Report on sanitation, dispensaries, and jails in Rajputana for 1910, and on vaccination for the year 1910-1911 - 1910-1911
Year: 1910
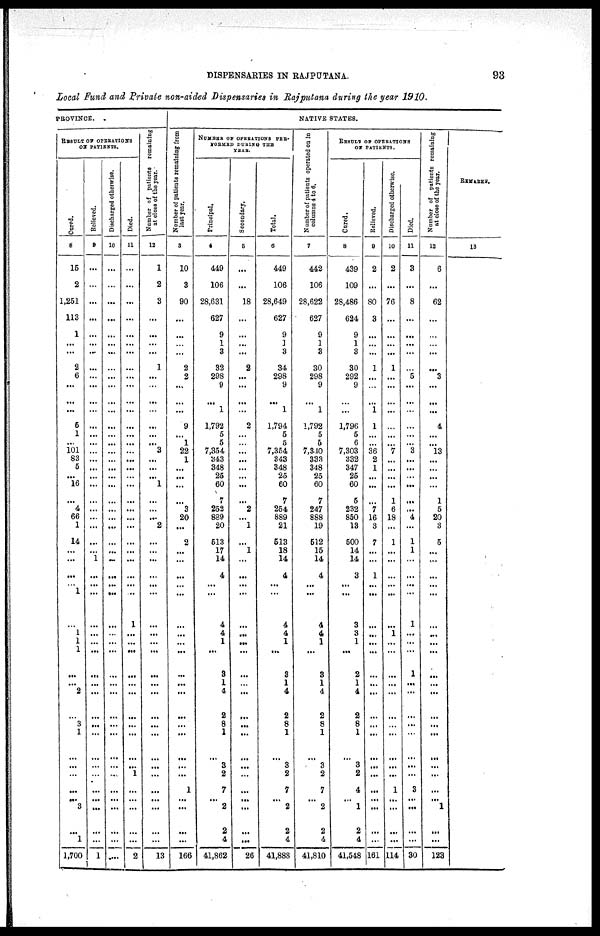
DISPENSARIES IN RAJPUTANA.
93
Local Fund and Private non-aided Dispensaries in Rajputana during the year 1910.
PROVINCE.
RESULT OF OPERATIONS
ON PATIENTS.
Cured.
8
15
2
1,251
113
1
...
...
2
6
...
...
...
6
1
...
101
83
5
...
16
...
4
66
1
14
...
...
...
...
1
...
1
1
1
...
...
2
...
3
1
...
...
...
...
...
3
...
1
1,700
Relieved.
9
...
...
...
...
...
...
...
...
...
...
...
...
...
...
...
...
...
...
...
...
...
...
...
...
...
...
1
...
...
...
...
...
...
...
...
...
...
...
...
...
...
...
...
...
...
...
...
...
1
Discharged otherwise
10
...
...
...
...
...
...
...
...
...
...
...
...
...
...
...
...
...
...
...
...
...
...
...
...
...
...
...
...
...
...
...
...
...
...
...
...
...
...
...
...
...
...
...
...
...
...
...
...
...
Died.
11
...
...
...
...
...
...
...
...
...
...
...
...
...
...
...
...
...
...
...
...
...
...
...
...
...
...
...
...
...
...
1
...
...
...
...
...
...
...
...
...
...
...
1
...
...
...
...
...
2
N umber of patients remaining
at close of the year.
12
1
2
3
...
...
...
...
1
...
...
...
...
...
...
...
3
...
...
...
1
...
...
...
2
...
...
...
...
...
...
...
...
...
...
...
...
...
...
...
...
...
...
...
...
...
...
...
...
13
NATIVE STATES.
Number of patients remaining from
last year.
3
10
3
90
...
...
...
...
2
2
...
...
...
9
...
1
22
1
...
...
...
...
3
20
...
2
...
...
...
...
...
...
...
...
...
...
...
...
...
...
...
...
...
...
1
...
...
...
...
166
NUMBER OF OPERATIONS PRE¬
FORMED DURING THE
YEAR.
Principal.
4
449
106
28,631
627
9
1
3
32
298
9
...
1
1,792
5
5
7,354
343
348
25
60
7
252
889
20
513
17
14
4
...
...
4
4
1
...
3
1
4
2
8
1
...
3
2
7
... 2
2
4
41,862
Secondary.
5
...
...
18
...
...
...
...
2
...
...
...
...
2
...
...
...
...
...
...
...
...
2
...
1
...
1
...
...
...
...
...
...
...
...
...
...
...
...
...
...
...
...
...
...
...
...
...
...
26
Total.
6
449
106
28,649
627
9
1
3
34
298
9
...
1
1,794
5
5
7,354
343
348
25
60
7
254
889
21
513
18
14
4
...
...
4
4
1
...
3
1
4
2
8
1
...
3
2
7
... 2
2
4
41,888
Number of patients operated on in
columns 4 to 6.
7
442
106
28,622
627
9
1
3
30
298
9
...
1
1,792
5
5
7,340
333
348
25
60
7
247
888
19
512
15
14
4
...
...
4
4
1
...
3
1
4
2
8
1
...
3
2
7
... 2
2
4
41,810
RESULT OF OPERATIONS
ON PATIENTS.
Cured.
8
439
109
28,486
624
9
1
3
30
292
9
...
...
1,796
5
6
7,303
332
347
25
60
5
232
850
13
500
14
14
3
...
...
3
3
1
...
2
1
4
2
8
1
...
3
2
4
... 1
2
4
41,548
Relieved.
9
2
...
80
3
...
...
...
1
...
...
...
1
1
...
...
36
2
1
...
...
...
7
16
3
7
...
...
1
...
...
...
...
...
...
...
...
...
...
...
...
...
...
...
...
...
...
...
...
161
discharged otherwise.
10
2
...
76
...
...
...
...
1
...
...
...
...
...
...
...
7
...
...
...
...
1
6
18
...
1
...
...
...
...
...
...
1
...
...
...
...
...
...
...
...
...
...
...
1
...
...
...
...
114
Died.
11
3
...
8
...
...
...
...
...
5
...
...
...
...
...
...
3
...
...
...
...
...
...
4
...
1
1
...
...
...
...
1
...
...
...
1
...
...
...
...
...
...
...
...
3
...
...
...
...
30
Number of patients remaining
at close of the year.
12
6
...
62
...
...
...
...
...
3
...
...
...
4
...
...
13
...
...
...
...
1
5
20
3
5
...
...
...
...
...
...
...
...
...
...
...
...
...
...
...
...
...
...
...
... 1
...
...
123
REMARKS.
13